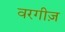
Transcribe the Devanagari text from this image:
वरगीज़